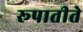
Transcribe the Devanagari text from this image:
रूपातीते